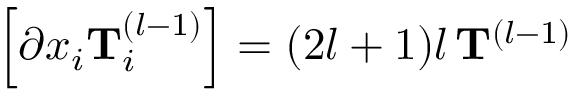
\left[ \partial x _ { i } \mathbf { T } _ { i } ^ { ( l - 1 ) } \right] = ( 2 l + 1 ) l \, \mathbf { T } ^ { ( l - 1 ) }